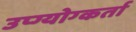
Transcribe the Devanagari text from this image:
उप्ग्योग्कर्ता